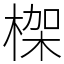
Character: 𣕧